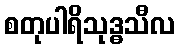
စတုပါရိသုဒ္ဓသီလ